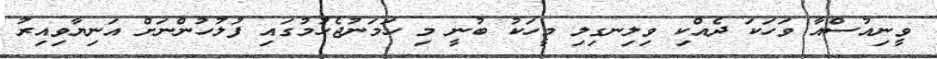
ވީނިއުސްއާ ވަހަކަ ދެއްކި ވިލިނގިލި މީހަކު ބުނީ މި ހަމަނުޖެހުމުގައި ފުލުހުންނަށް އަނިޔާވިއިރު